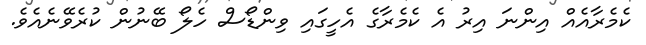
ކެމެރާއެއް އިންނަ އިރު އެ ކެމެރާގެ އެހީގައި ވިންޑޯސް ހެލޯ ބޭނުން ކުރެވޭނެއެވެ.